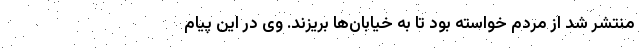
منتشر شد از مردم خواسته بود تا به خیابان‌ها بریزند. وی در این پیام